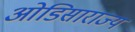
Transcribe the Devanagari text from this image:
ओडिसाराज्य